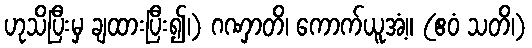
ဟုသိပြီးမှ ချထားပြီး၍၊) ဂဏှာတိ၊ ကောက်ယူအံ့။ (ဧဝံ သတိ၊)